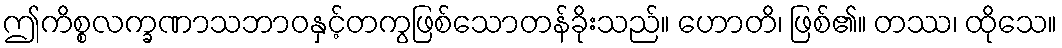
ဤကိစ္စလက္ခဏာသဘာဝနှင့်တကွဖြစ်သောတန်ခိုးသည်။ ဟောတိ၊ ဖြစ်၏။ တဿ၊ ထိုသေ။